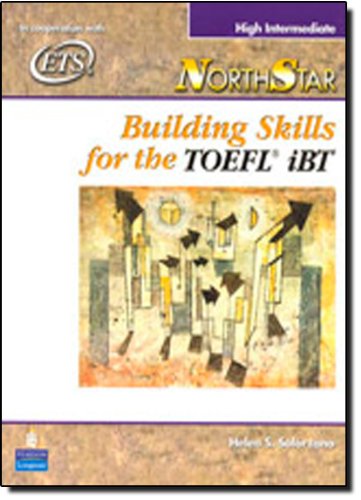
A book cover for NorthStar: Building Skills for the TOEFL iBT, High-Intermediate Student Book; Helen Solorzano; Test Preparation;